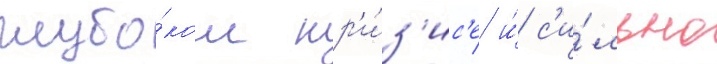
глубо́ком кр'и́з'ис'е и́ с'и́льно